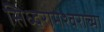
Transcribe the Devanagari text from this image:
सिध्दरामेश्वराच्या